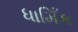
ધામિઁક